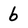
Character: b